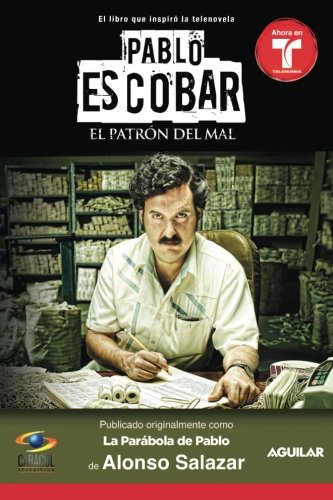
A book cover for Pablo Escobar, el patrÃ³n del mal (La parÃ¡bola de Pablo) (MTI) (Spanish Edition); Alonso Salazar; Biographies & Memoirs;